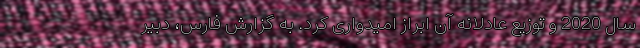
سال 2020 و توزیع عادلانه آن ابراز امیدواری کرد. به گزارش فارس، دبیر